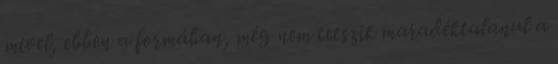
mivel, ebben a formában, még nem tetszik maradéktalanul a